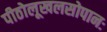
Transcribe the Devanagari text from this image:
पीठोलूखलसोपानः